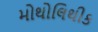
મોથોલિથીક